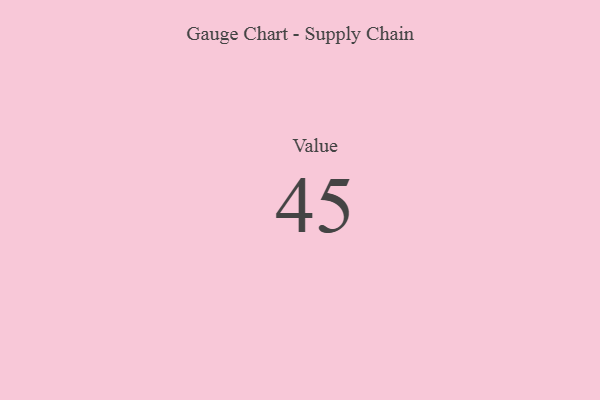
{"axis": {"x": "Metric", "y": "Value"}, "legend": [""], "data": [{"x": "Value", "y": 45, "type": ""}]}